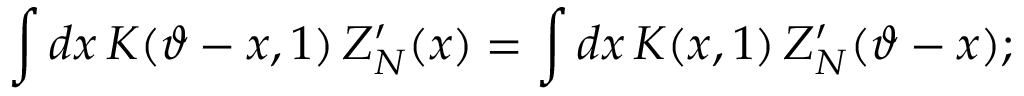
\int d x \, K ( \vartheta - x , 1 ) \, Z _ { N } ^ { \prime } ( x ) = \int d x \, K ( x , 1 ) \, Z _ { N } ^ { \prime } ( \vartheta - x ) ;